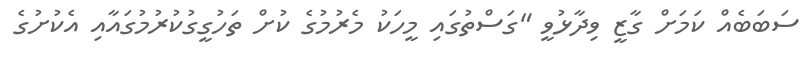
ސަބަބެއް ކަމަށް ގާޒީ ވިދާޅުވީ "ގަސްތުގައި މީހަކު މެރުމުގެ ކުށް ތަހުގީގުކުރުމުގައާއި އެކުށުގެ